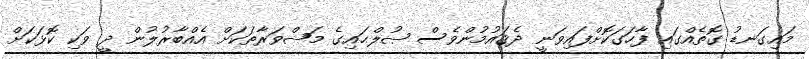
މައިގަނޑު ގޮތެއްގައި ފާހަގަކޮށްފައިވަނީ ދެޤައުމުންވެސް ޞުލްޙައިގެ މަޝްވަރާތަކަށް އެއްބާރުލުން ދީ ވަކި ކޮޅަކަށް